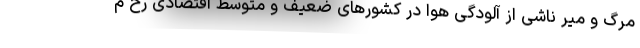
مرگ و میر ناشی از آلودگی هوا در کشورهای ضعیف و متوسط اقتصادی رخ م